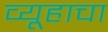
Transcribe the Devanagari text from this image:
व्यूहाचा